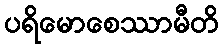
ပရိမောစေဿာမီတိ